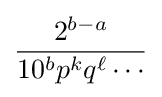
{\frac {2^{b-a}}{10^{b}p^{k}q^{\ell }\cdots }}